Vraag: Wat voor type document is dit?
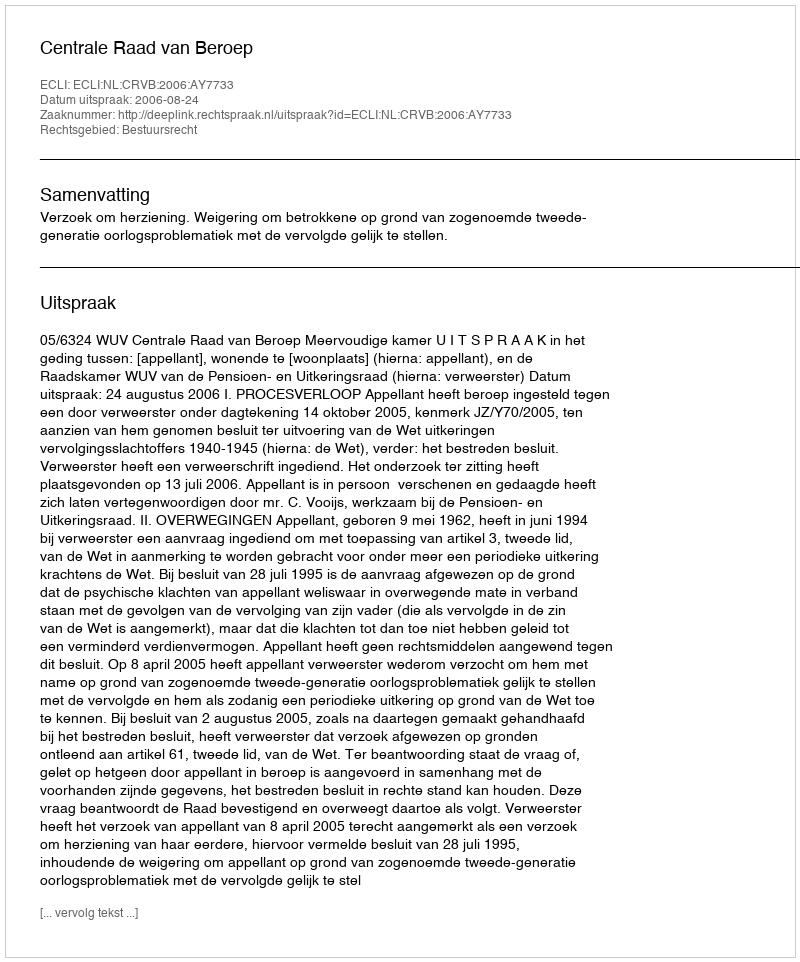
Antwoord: Uitspraak